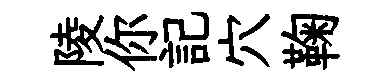
陵你記穴鞠